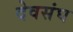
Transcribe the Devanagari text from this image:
देवसंघ